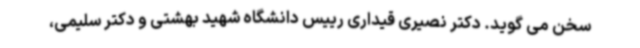
سخن می گوید. دکتر نصیری قیداری رییس دانشگاه شهید بهشتی و دکتر سلیمی،